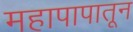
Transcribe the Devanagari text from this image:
महापापातून